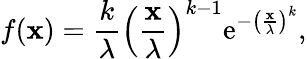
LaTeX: f(\mathbf{x})=\frac{{k}}{{\lambda}}\left(\frac{{\mathbf{x}}}{{\lambda}}\right)^{k-1}\textrm{{e}}^{-\left(\frac{{\mathbf{x}}}{{\lambda}}\right)^{k}},